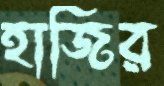
হাজির